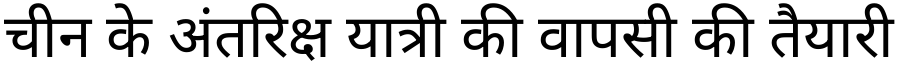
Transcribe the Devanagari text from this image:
चीन के अंतरिक्ष यात्री की वापसी की तैयारी